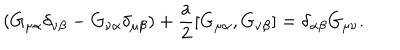
LaTeX: ( G _ { \mu \alpha } \delta _ { \nu \beta } - G _ { \nu \alpha } \delta _ { \mu \beta } ) + \frac { a } { 2 } [ G _ { \mu \alpha } , G _ { \nu \beta } ] = \delta _ { \alpha \beta } G _ { \mu \nu } .